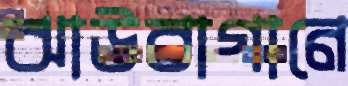
ঝাউবাগানে